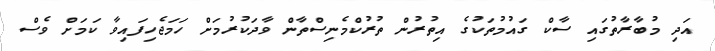
އަދި މުބާރާތުގައި ސާކް ގައުމުތަކުގެ އިތުރުން ތުރުކްމެނިސްތާން ވާދަކުރުމަށް ހަމަޖެހިފައިވާ ކަމަށް ވެސް